system: You are a helpful assistant.
user:
Analyze the provided spectrum to determine if it is a **M-type Giant (gM)**.

A M-type Giant spectrum is defined by its **strong molecular absorption** features, particularly from **Titanium Oxide (TiO)**. You must check for one of the following mutually exclusive signatures:

- **Key Visual Indicators (Absorption-Dominated Spectrum):**

    - **(Primary):** The spectrum is dominated by strong molecular absorption from **Titanium Oxide (TiO)**. This is the **defining feature** of its M-type temperature class.
        - **(Key Bandheads):** Look for sharp, "saw-tooth" absorption valleys. The strongest are located near **~7050 Å**, **~6160 Å**, and **~5170 Å**.
        - **(Line Profile):** The "saw-tooth" morphology is critical: a **sharp, steep drop on the BLUE (short-wavelength) side** of the bandhead, followed by a gradual recovery (rising flux) towards the RED (long-wavelength) side.

    - **(Key Confirmation - Giant vs. Dwarf):** **ABSENCE** of strong **Calcium Hydride (CaH)** molecular bands. This is the primary diagnostic for *excluding* M-dwarfs.
        - **(Key Region):** The spectrum should lack the strong, broad absorption band seen in dwarfs between **~6800 Å and ~7000 Å**.

    - **(Secondary Confirmation - Giant):** A very strong and broad **Neutral Calcium (Ca I)** atomic absorption line.
        - **(Key Line):** Located at **~4226 Å**. In a giant (gM), this line is significantly deeper and broader than the same line in an M-dwarf (dM) due to low surface gravity.

    - **(Overall Spectrum):**
        - The continuum is **extremely red-sloping** (i.e., flux is very low in the blue and rises dramatically towards the red).
        - The entire spectrum appears "chopped up" by the deep TiO bands.

Think first, call **spectral_visualization_tool** if needed to examine features in detail, then provide your final answer. Your response must adhere to the following strict rules:
1.  **Overall Structure:** Your response must follow the format `<think>...</think> <tool_call>...</tool_call> (if a tool is used) <answer>...</answer>`.
2.  **Tool Usage Constraint:** You may only make **one** tool call per turn.
3.  **Final Answer Format:** In the `<answer>` tag, your conclusion must be inside a `\boxed{}` command (e.g., `\boxed{YES}` or `\boxed{NO}`), followed by your justification.

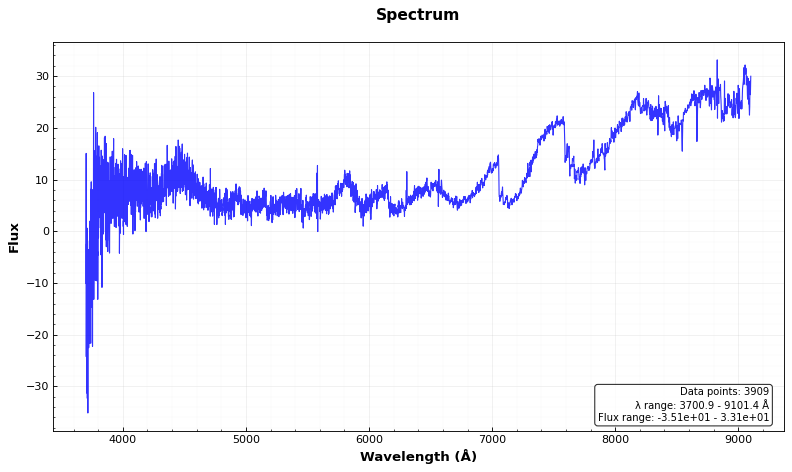
Answer: YES